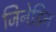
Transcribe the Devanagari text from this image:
जिनेडिन